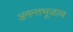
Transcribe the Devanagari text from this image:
अनन्तभूजाय